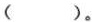
( )。